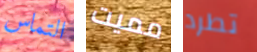
التماس مميت تطرد